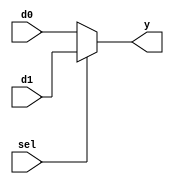
module Div_mux_2_to_1 #(parameter dataIN_width = 4)(
    input [dataIN_width - 1 : 0] d1, d0,
    input sel,
    output reg [dataIN_width - 1 : 0] y
    );

always @ (d1, d0, sel)
begin
    if (sel)
        y <= d1;
    else
        y <= d0; 
end
endmodule